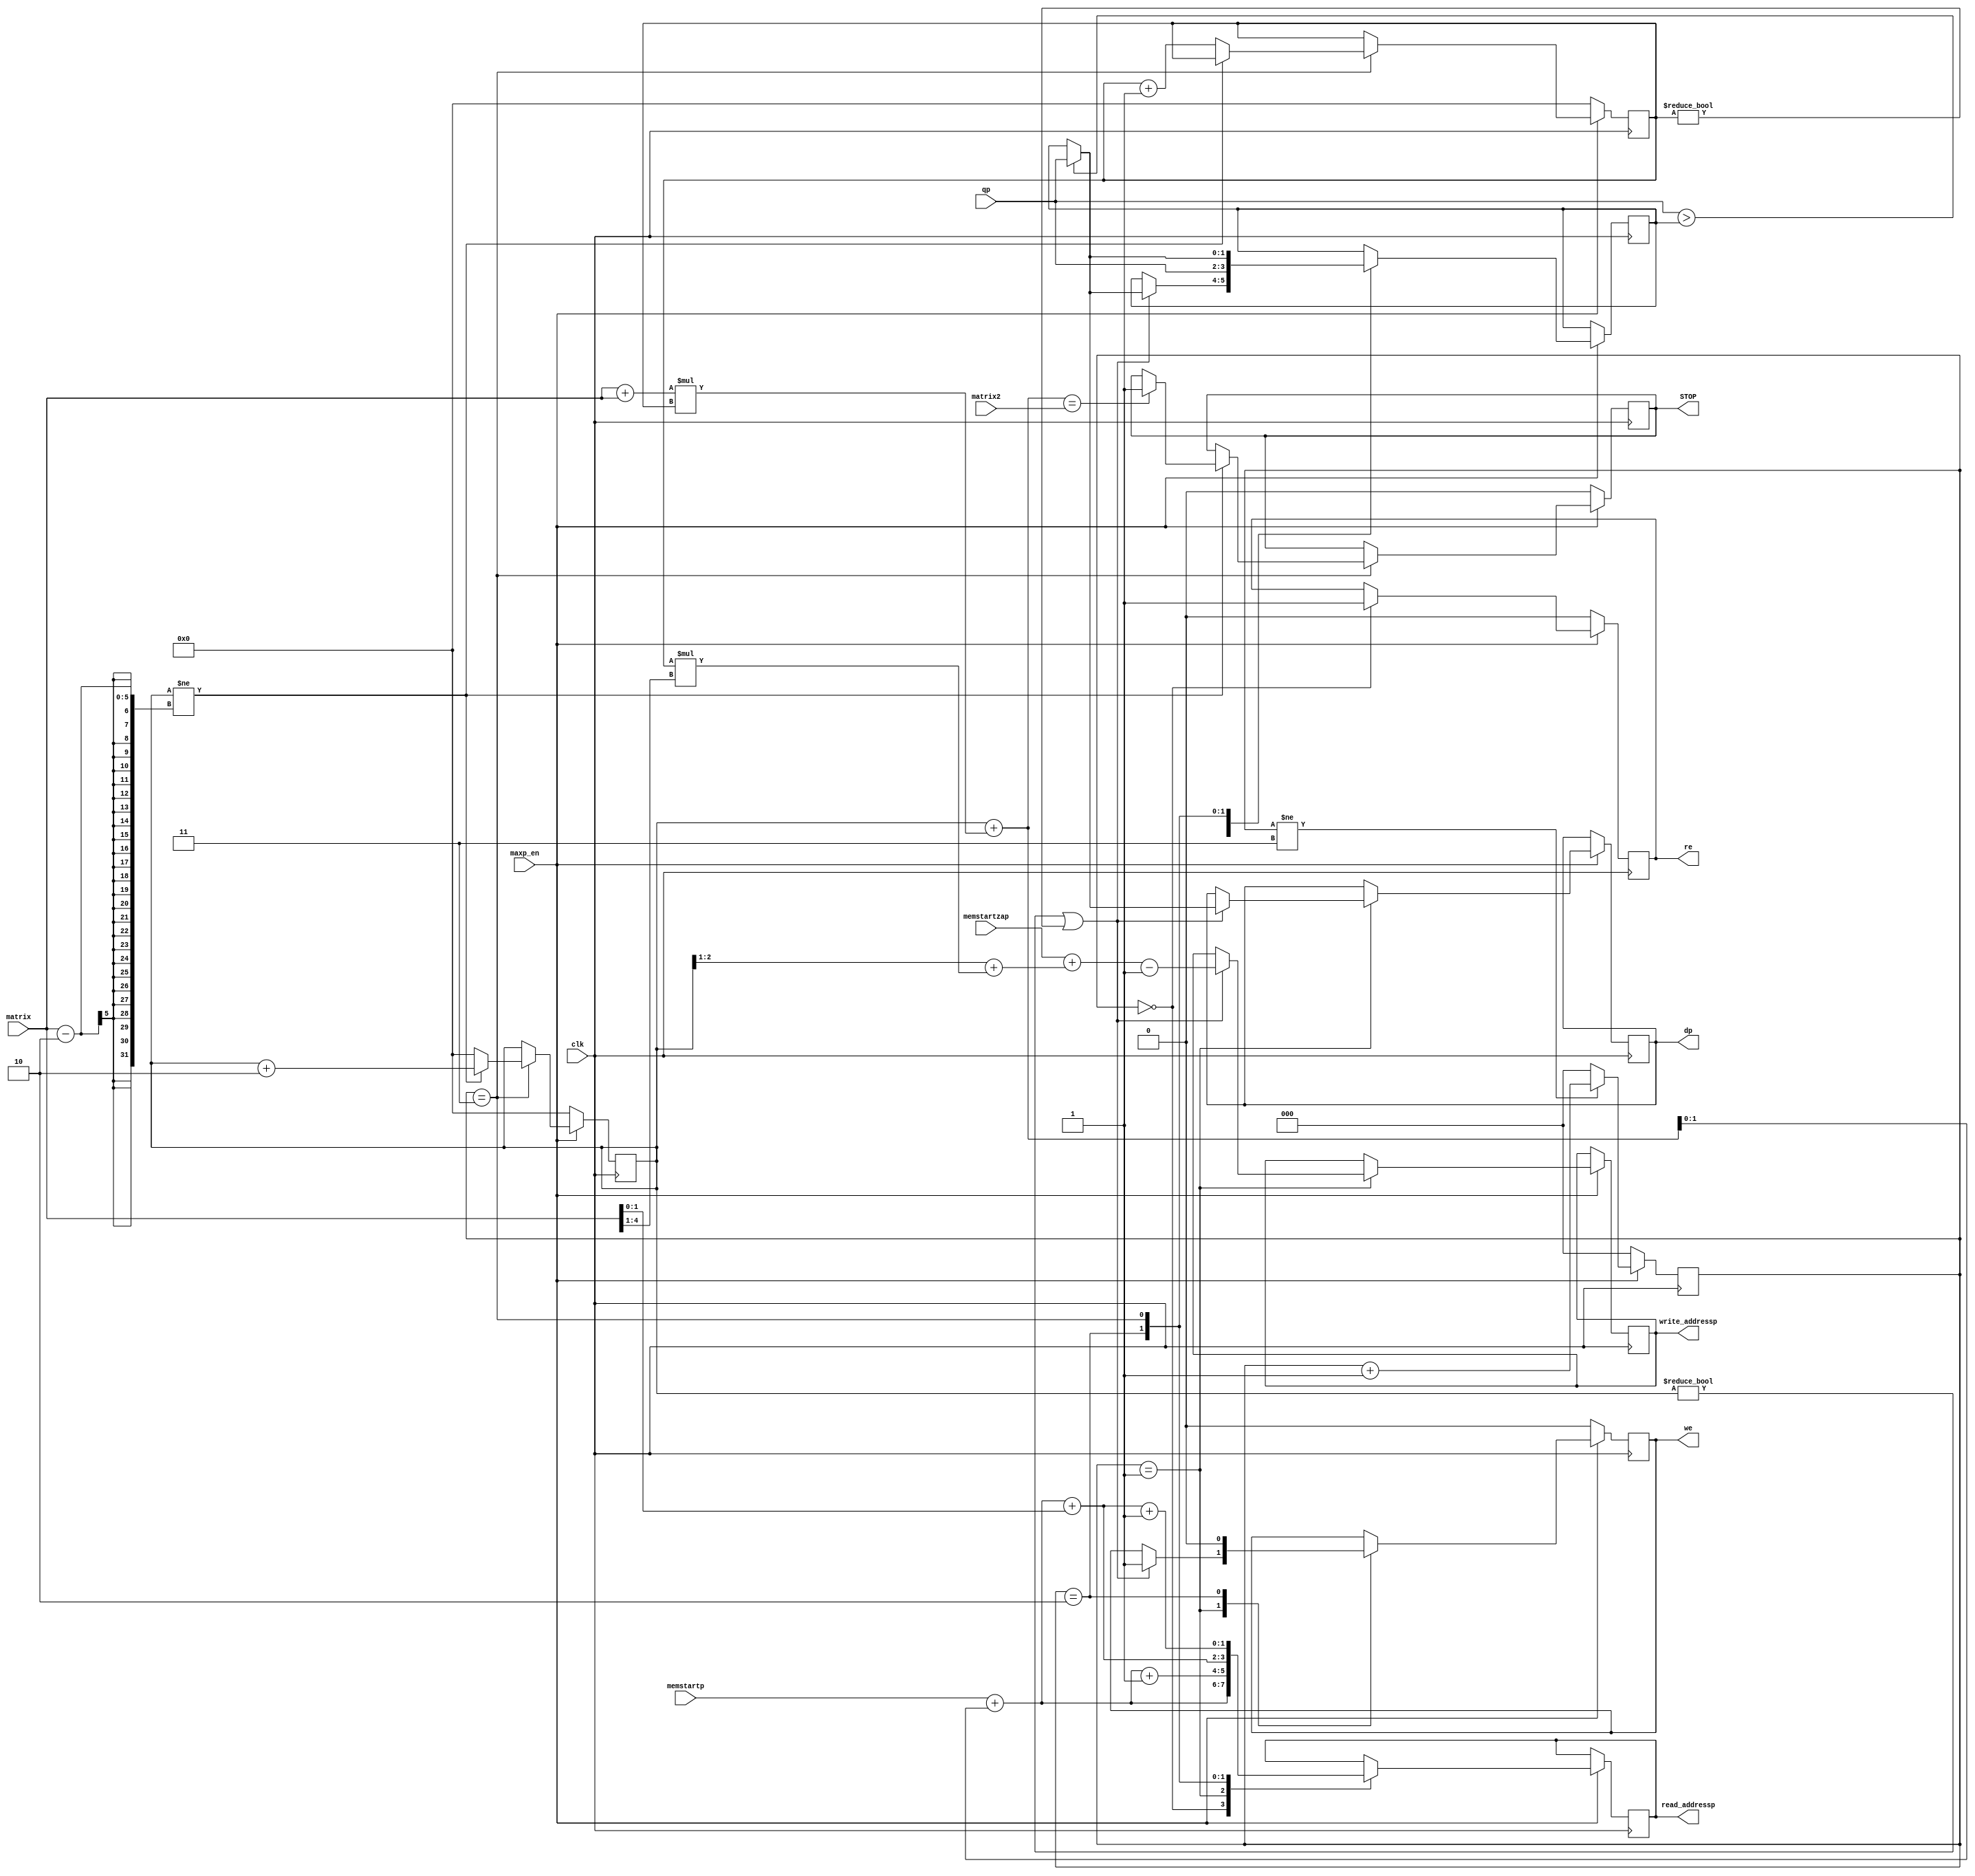
module maxp #(

    parameter        SIZE_1                  =0,
                     SIZE_2                  =0,
                     SIZE_3                  =0,
                     SIZE_4                  =0,
                     SIZE_address_pix        =0
)
(
    input                                              clk              ,
    input                                              maxp_en          ,
    output     reg STOP                                                 ,
    input                       [SIZE_address_pix-1:0] memstartp        ,
    input                       [SIZE_address_pix-1:0] memstartzap      ,
    output     reg              [SIZE_address_pix-1:0] read_addressp    ,
    output     reg              [SIZE_address_pix-1:0] write_addressp   ,
    output     reg                                     re               ,
    output     reg                                     we               ,
    input      signed           [SIZE_1-1:0]           qp               ,
    output     reg signed       [SIZE_1-1:0]           dp               ,
    input                       [4:0]                  matrix           ,
    input                       [9:0]                  matrix2          
);
    reg     [9:0]                   i;
    reg     [9:0]                   j;
    reg     [SIZE_1-1:0]            buff;
    reg     [2:0]                   marker;
    wire    [9:0]                   i_wr,i_read;
initial i=0;
initial j=0;
initial marker=0;
always @(posedge clk)
begin
if (maxp_en==1)
    begin
    case (marker)
        0: begin read_addressp=memstartp+i_read; re=1;
                 if ((i!=0)||(j!=0))
                 begin
                 if (qp[SIZE_1-1:0]>buff[SIZE_1-1:0]) buff[SIZE_1-1:0]=qp[SIZE_1-1:0];
                 end
           end
        1: begin read_addressp=memstartp+i_read+1;
                 if ((i!=0)||(j!=0))
                 begin
                 if (qp[SIZE_1-1:0]>buff[SIZE_1-1:0]) dp[SIZE_1-1:0]=qp[SIZE_1-1:0]; else dp[SIZE_1-1:0]=buff[SIZE_1-1:0];
                 write_addressp=memstartzap+i_wr-1;
                 we=1;
                 end
           end
        2: begin read_addressp=memstartp+i_read+matrix; buff=qp; we=0; end
        3: begin read_addressp=memstartp+i_read+matrix+1;
                 if (qp[SIZE_1-1:0]>buff[SIZE_1-1:0]) buff[SIZE_1-1:0]=qp[SIZE_1-1:0];
                 if (i!=matrix-2) begin i=i+2; if (i_read==matrix2) STOP=1; end else begin i=0; j=j+1;  end
           end
        default: $display("Check case MaxPooling");
        endcase
        if (marker!=3) marker=marker+1; else marker=0;    end
else
    begin
        STOP=0;
        re=0;
        we=0;
        i=0;
        j=0;
        marker=0;
    end
end
assign i_wr=(i>>1)+j*(matrix>>1);
assign i_read=i+(matrix+matrix)*j;
endmodule